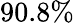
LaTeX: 90.8\%